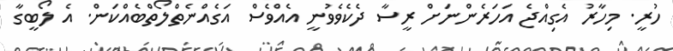
ހުރީ. މިހާރު އެގިއްޖެ އަހަރެންނަށް ރީސާ ދެކެވެވުނީ އެއްވެސް އަގެއްނެތްލޯތްބެއްކަން. އެ ލޯބީގާ